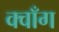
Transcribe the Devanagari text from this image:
क्वाँग